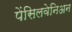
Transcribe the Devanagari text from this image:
पेंसिलवेनिअन